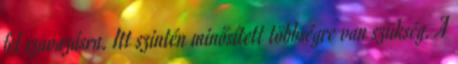
fel szavazásra. Itt szintén minősített többségre van szükség. A